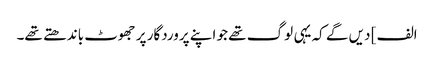
الف] دیں گے کہ یہی لوگ تھے جو اپنے پروردگار پر جھوٹ باندھتے تھے۔